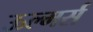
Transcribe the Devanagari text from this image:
ऊल्मर्स